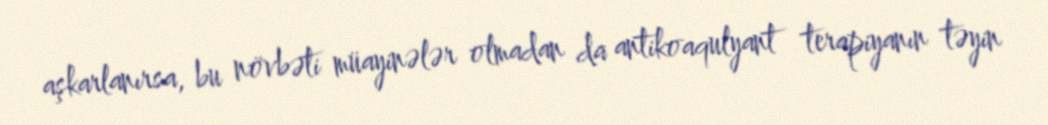
aşkarlanırsa, bu növbəti müayinələr olmadan da antikoaqulyant terapiyanın təyin